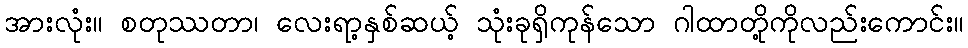
အားလုံး။ စတုဿတာ၊ လေးရာ့နှစ်ဆယ့် သုံးခုရှိကုန်သော ဂါထာတို့ကိုလည်းကောင်း။